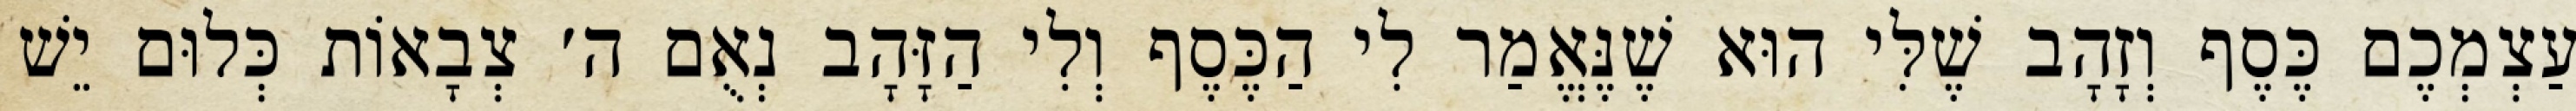
עַצְמְכֶם כֶּסֶף וְזָהָב שֶׁלִּי הוּא שֶׁנֶּאֱמַר לִי הַכֶּסֶף וְלִי הַזָּהָב נְאֻם ה׳ צְבָאוֹת כְּלוּם יֵשׁ